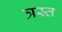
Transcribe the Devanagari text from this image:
त्रस्‍त